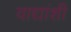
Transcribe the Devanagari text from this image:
वाद्यांशी